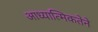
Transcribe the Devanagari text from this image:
आध्यात्मिकतेने